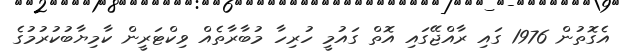
އެގޮތުން 1976 ގައި ރާއްޖޭގައި އޮތް ގައުމީ ހުރިހާ މުބާރާތެއް ވިކްޓަރީން ކާމިޔާބުކުރުމުގެ